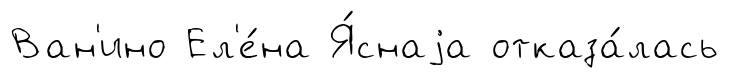
Ван'ино Ел'е́на Я́снаjа отказа́лась